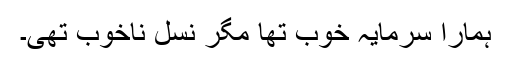
ہمارا سرمایہ خوب تھا مگر نسل ناخوب تھی۔